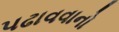
પઢાવવાનો